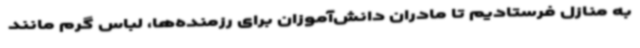
به منازل فرستادیم تا مادران دانش‌آموزان برای رزمنده‌ها، لباس گرم مانند